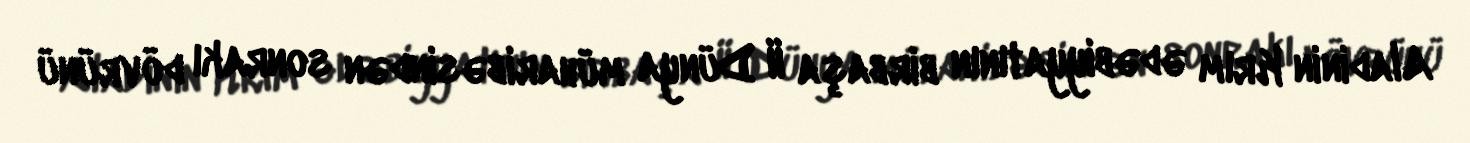
Aladinin Krım ədəbiyyatının birbaşa II Dünya müharibəsindən sonrakı dövrünü